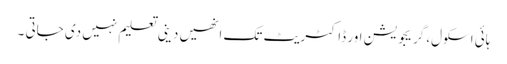
ہائی اسکول، گریجویشن اور ڈاکٹریٹ تک انھیں دینی تعلیم نہیں دی جاتی ۔